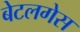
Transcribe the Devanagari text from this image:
बेटलगेस